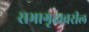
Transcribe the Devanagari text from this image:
सभागृहावरील